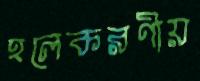
হলেকরণীয়